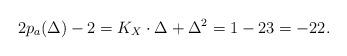
LaTeX: \begin{align*}2p_a(\Delta)-2=K_X\cdot \Delta +\Delta^2=1-23=-22.\end{align*}